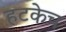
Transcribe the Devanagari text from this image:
हटकेच